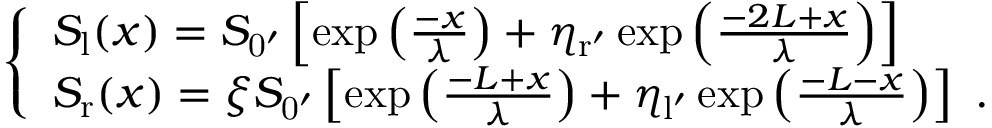
\left\{ \begin{array} { l l } { S _ { \mathrm { l } } ( x ) = S _ { \mathrm { 0 ^ { \prime } } } \left[ \exp { \left( \frac { - x } { \lambda } \right) } + \eta _ { \mathrm { r ^ { \prime } } } \exp { \left( \frac { - 2 L + x } { \lambda } \right) } \right] } \\ { S _ { \mathrm { r } } ( x ) = \xi S _ { \mathrm { 0 ^ { \prime } } } \left[ \exp { \left( \frac { - L + x } { \lambda } \right) } + \eta _ { \mathrm { l ^ { \prime } } } \exp { \left( \frac { - L - x } { \lambda } \right) } \right] \ . } \end{array} \right.